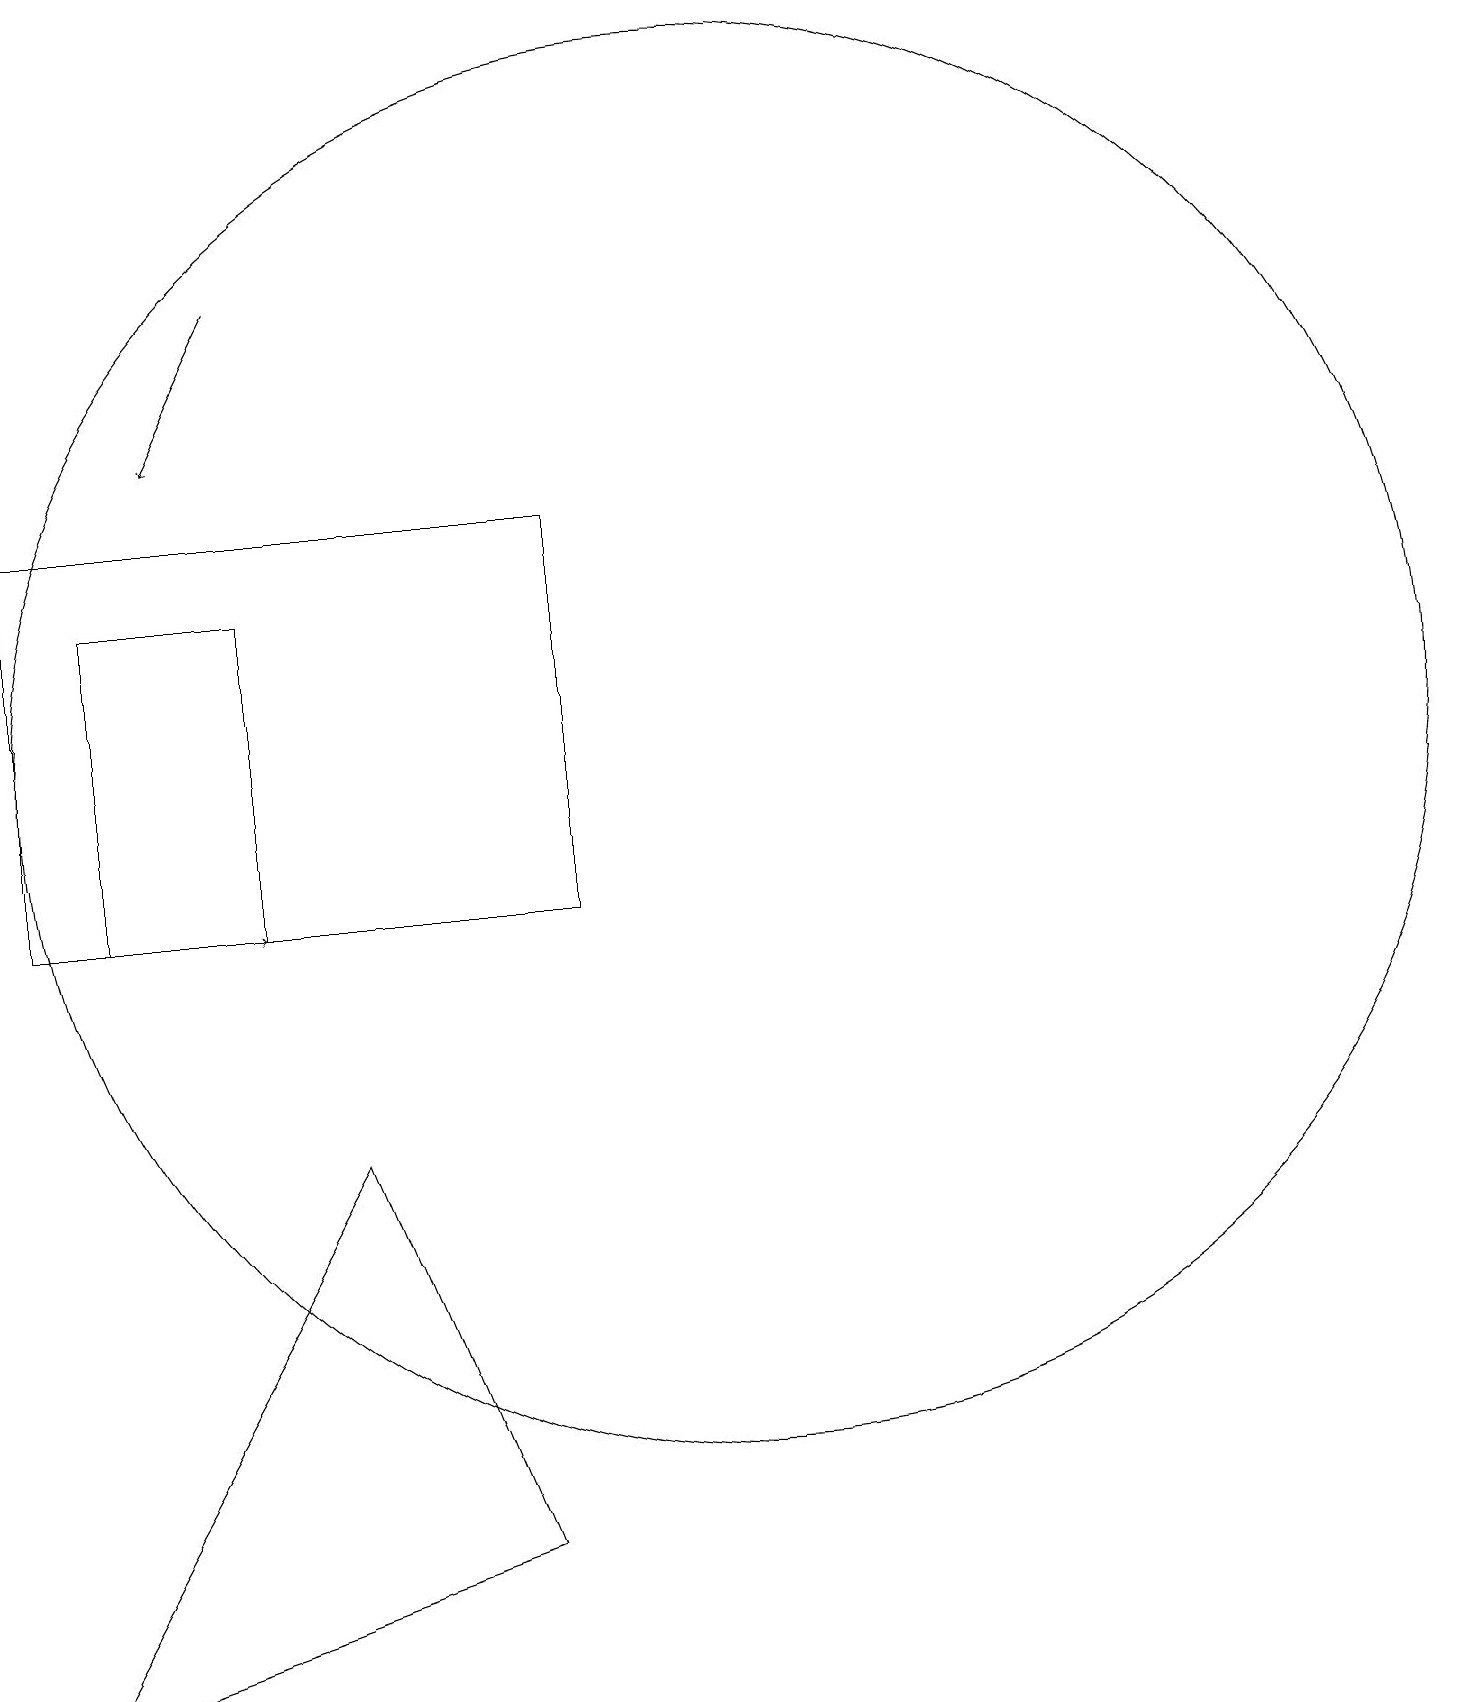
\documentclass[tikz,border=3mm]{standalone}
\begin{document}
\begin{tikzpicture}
\draw[->] (3,10) -- (4,10);
\draw (8,10) rectangle (1,15);
\draw (10,11) circle (0);
\draw (4,14) rectangle (2,10);
\draw (7,2) -- (5,7) -- (1,0) -- cycle;
\draw (10,12) circle (9);
\draw[->] (4,18) -- (3,16);
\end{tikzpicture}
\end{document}